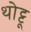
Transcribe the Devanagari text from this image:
थोट्टू